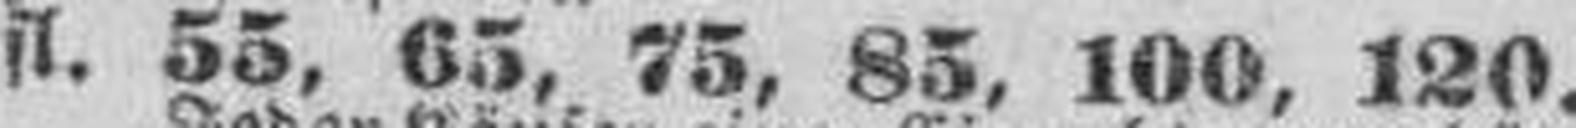
fl. 55, 65, 75, 85, 100, 120.